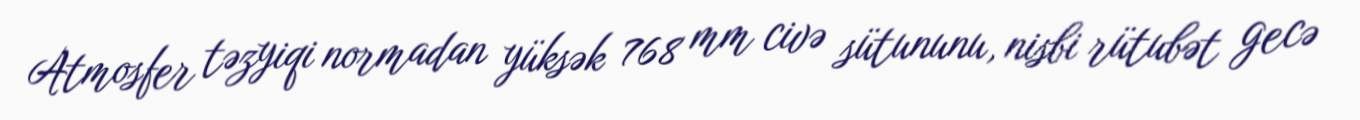
Atmosfer təzyiqi normadan yüksək 768 mm civə sütununu, nisbi rütubət gecə